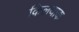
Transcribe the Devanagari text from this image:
किलयाक